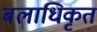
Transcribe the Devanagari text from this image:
बलाधिकृत